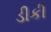
ડીકી